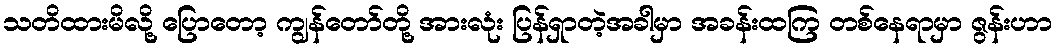
သတိထားမိလို့ ပြောတော့ ကျွန်တော်တို့ အားလုံး ပြန်ရှာတဲ့အခါမှာ အခန်းထကြ တစ်နေရာမှာ ဇွန်းဟာ